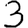
Digit: 3